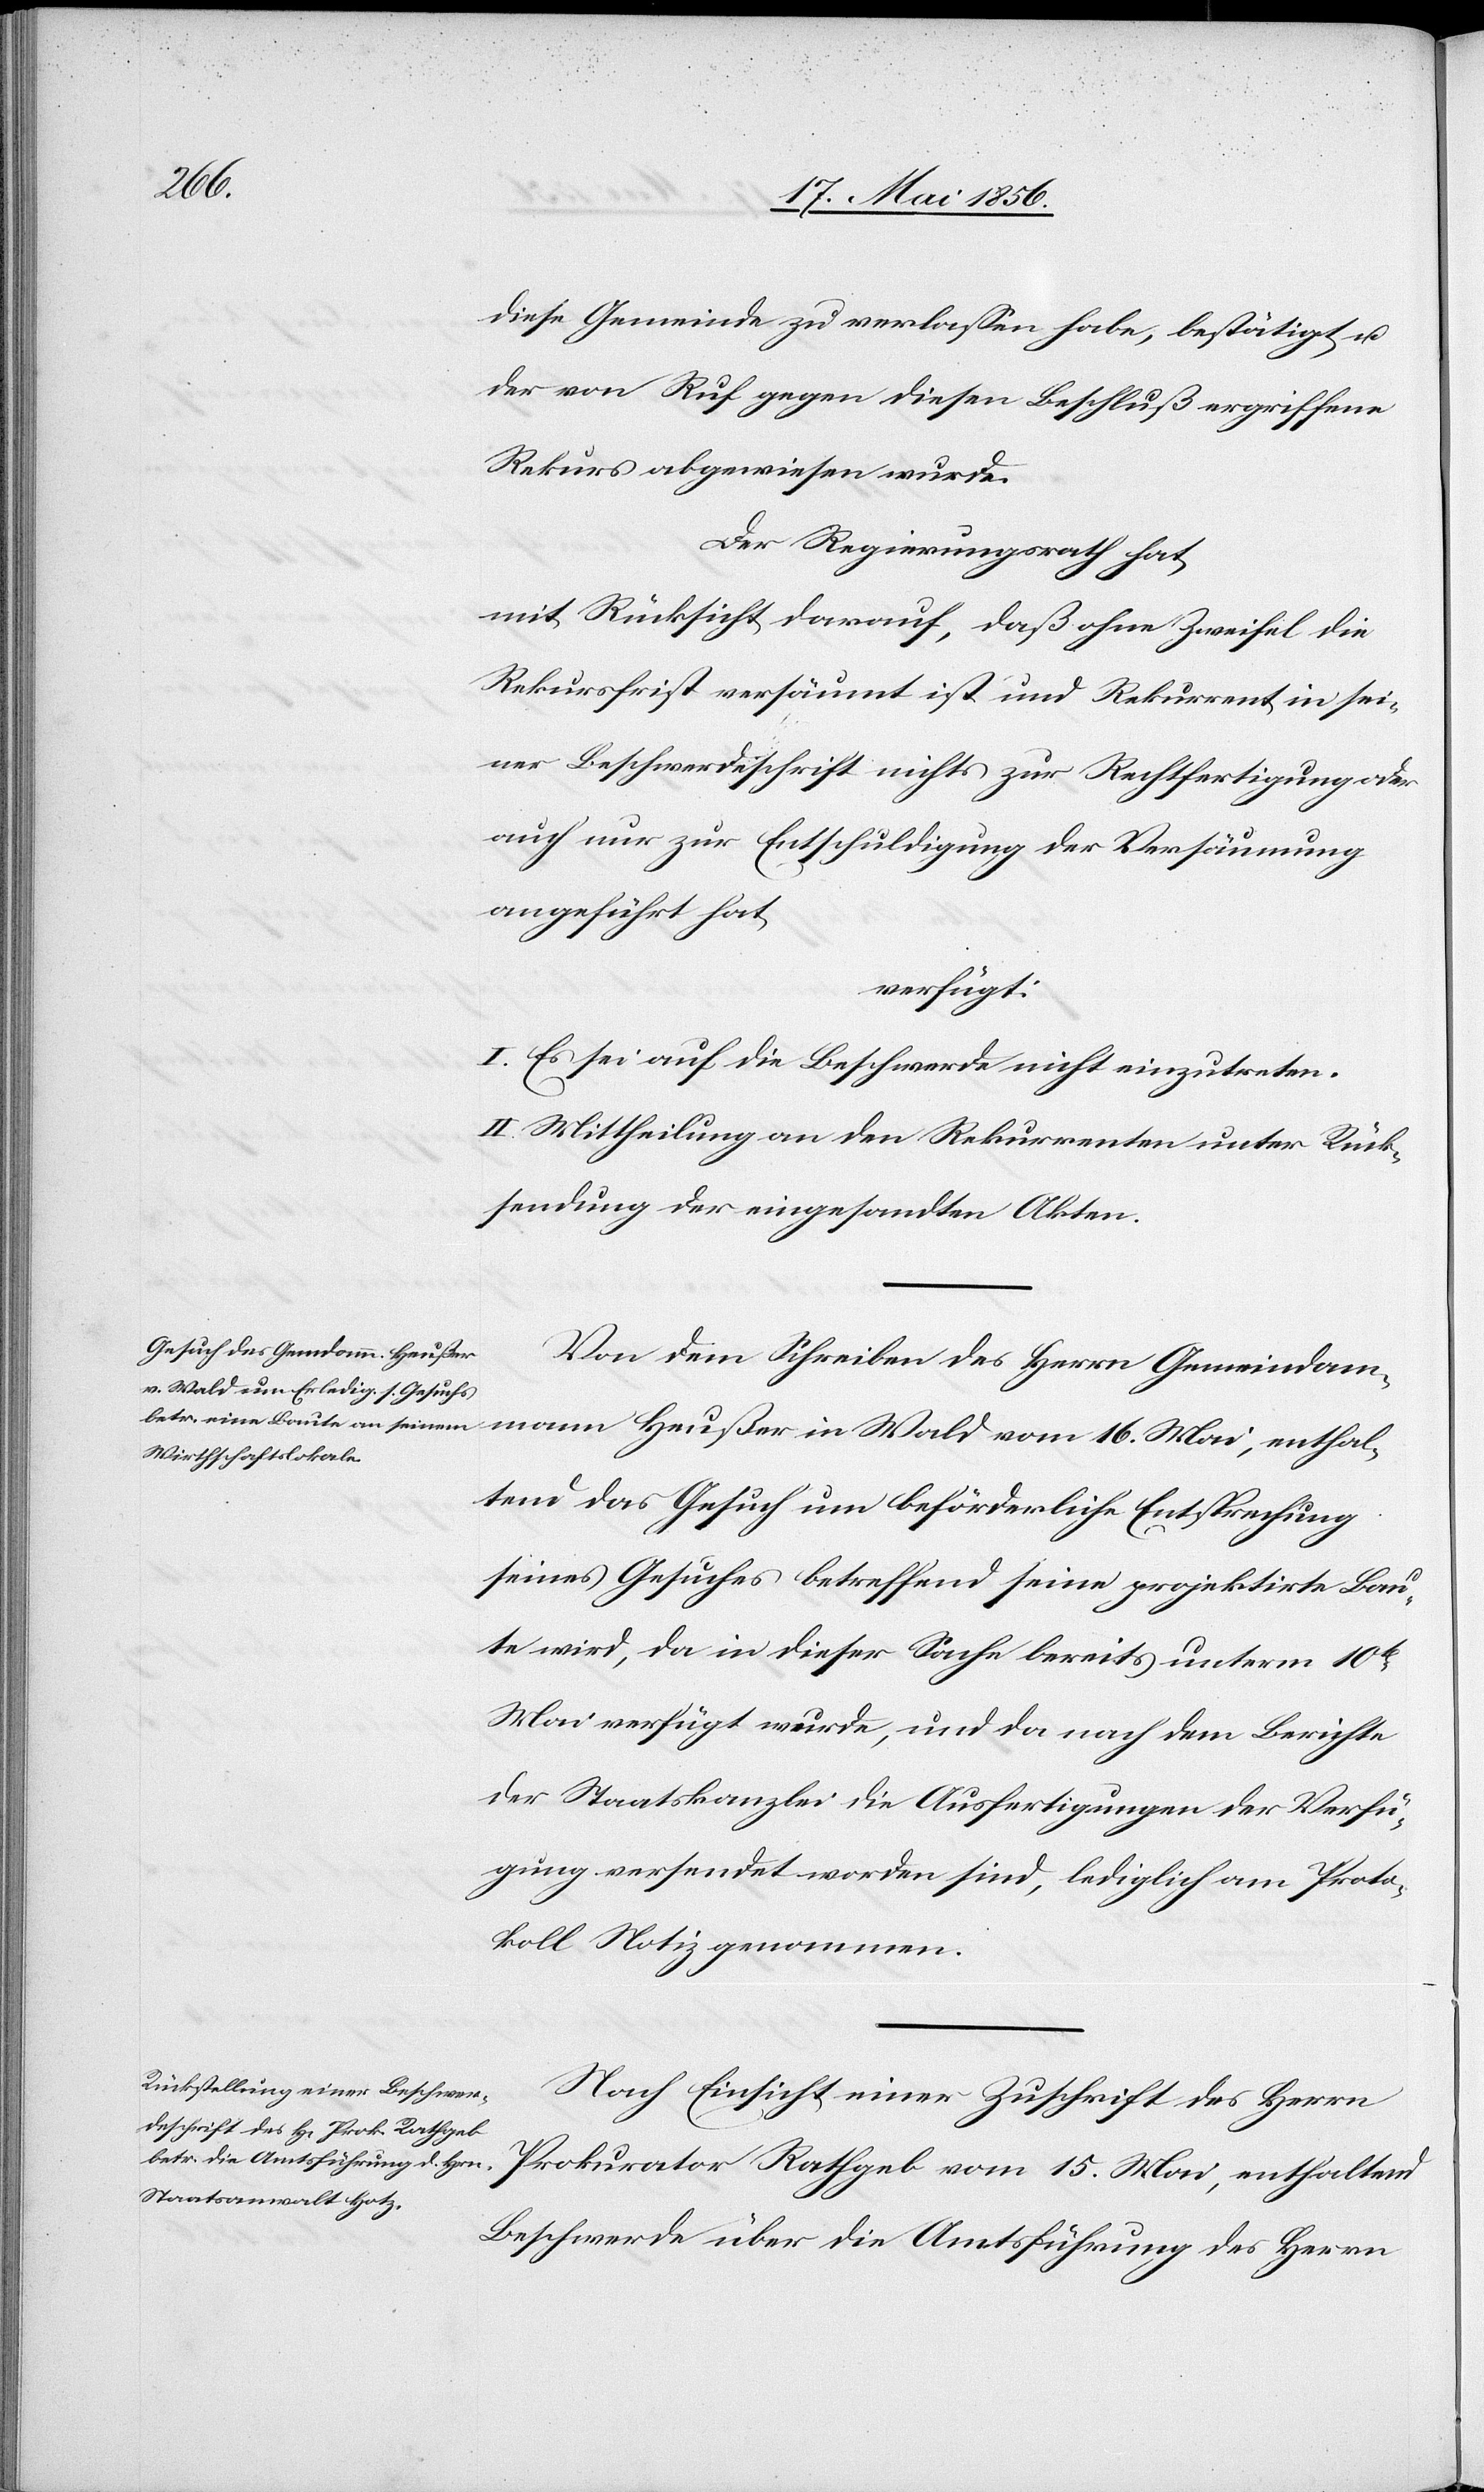
diese Gemeinde zu verlassen habe, bestätigt, u.
der von Ruf gegen diesen Beschluß ergriffene
Rekurs abgewiesen wurde.
Der Regierungsrath hat,
mit Rücksicht darauf, daß ohne Zweifel die
Rekursfrist versäumt ist und Rekurrent in sei¬
ner Beschwerdeschrift nichts zur Rechtfertigung oder
auch nur zur Entschuldigung der Versäumung
angeführt hat,
verfügt:
I. Es sei auf die Beschwerde nicht einzutreten.
II. Mittheilung an den Rekurrenten unter Rück¬
sendung der eingesandten Akten.
Von dem Schreiben des Herrn Gemeindam¬
mann Heußer in Wald vom 16. Mai, enthal¬
tend das Gesuch um beförderliche Entsprechung
seines Gesuches betreffend seine projektirte Bau¬
te wird, da in dieser Sache bereits unterm 10t
Mai verfügt wurde, und da nach dem Berichte
der Staatskanzlei die Ausfertigungen der Verfü¬
gung versendet worden sind, lediglich am Proto¬
koll Notiz genommen.
Nach Einsicht einer Zuschrift des Herrn
Prokurator Rathgeb vom 15. Mai, enthaltend
Beschwerde über die Amtsführung des Herrn